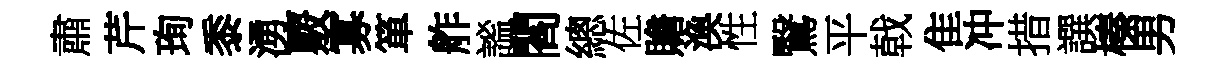
肅芹珣黍湧覈寡箪舴謐閻總佐贍渙性鷖平戟隹冲措譔榛男